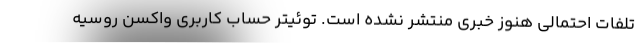
تلفات احتمالی هنوز خبری منتشر نشده است. توئیتر حساب کاربری واکسن روسیه